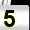
Digit: 5